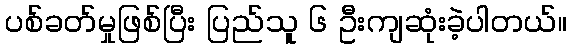
ပစ်ခတ်မှုဖြစ်ပြီး ပြည်သူ ၆ ဦးကျဆုံးခဲ့ပါတယ်။